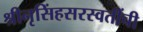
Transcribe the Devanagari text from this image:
श्रीनृसिंहसरस्वतींची